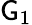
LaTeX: \mathsf{G}_{1}